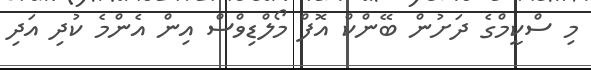
މި ސްކީމްގެ ދަށުން ބޭންކް އޮފް މޯލްޑިވްސް އިން އެންމެ ކުދި އަދި